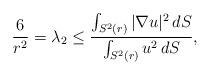
LaTeX: \begin{align*} \frac{6}{r^2} = \lambda_2 \leq \frac{\int_{S^2(r)} |\nabla u|^2\, dS}{\int_{S^2(r)} u^2\, dS},\end{align*}